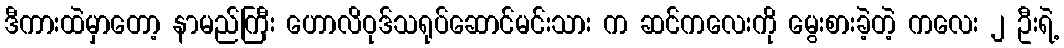
ဒီကားထဲမှာတော့ နာမည်ကြီး ဟောလိဝုဒ်သရုပ်ဆောင်မင်းသား က ဆင်ကလေးကို မွေးစားခဲ့တဲ့ ကလေး ၂ ဦးရဲ့